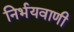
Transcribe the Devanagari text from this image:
निर्भयवाणी